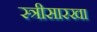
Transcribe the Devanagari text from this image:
स्त्रीसारखा